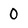
Character: 0